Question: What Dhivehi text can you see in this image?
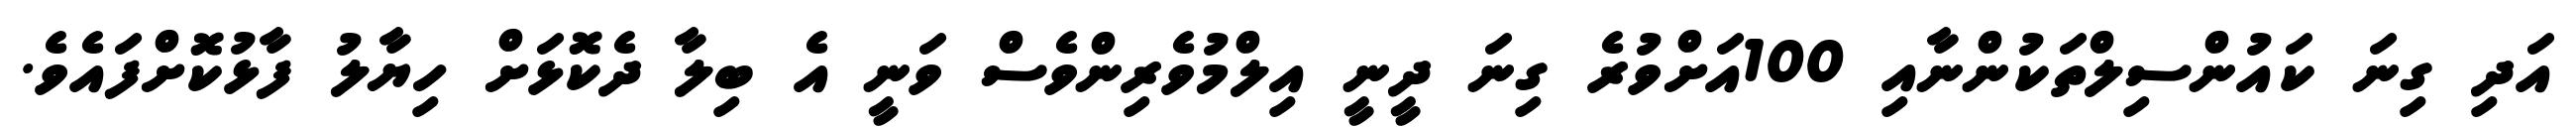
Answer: އަދި ގިނަ ކައުންސިލްތަކުންނާއި 100އަށްވުރެ ގިނަ ދީނީ އިލްމުވެރިންވެސް ވަނީ އެ ބިލާ ދެކޮޅަށް ހިޔާލު ފާޅުކޮށްފައެވެ.